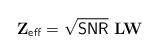
LaTeX: \begin{align*}\mathbf{Z}_{\sf eff} = \sqrt{{\sf SNR}}\,\, \mathbf{L} \mathbf{W}\end{align*}